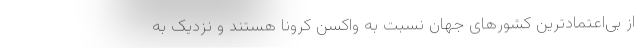
از بی‌اعتمادترین کشورهای جهان نسبت به واکسن کرونا هستند و نزدیک به